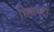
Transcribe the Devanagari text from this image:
शिजवटा